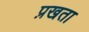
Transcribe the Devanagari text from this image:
प्रखता